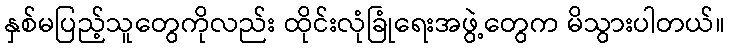
နှစ်မပြည့်သူတွေကိုလည်း ထိုင်းလုံခြုံရေးအဖွဲ့တွေက မိသွားပါတယ်။